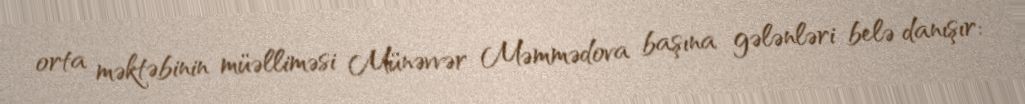
orta məktəbinin müəlliməsi Münəvvər Məmmədova başına gələnləri belə danışır: